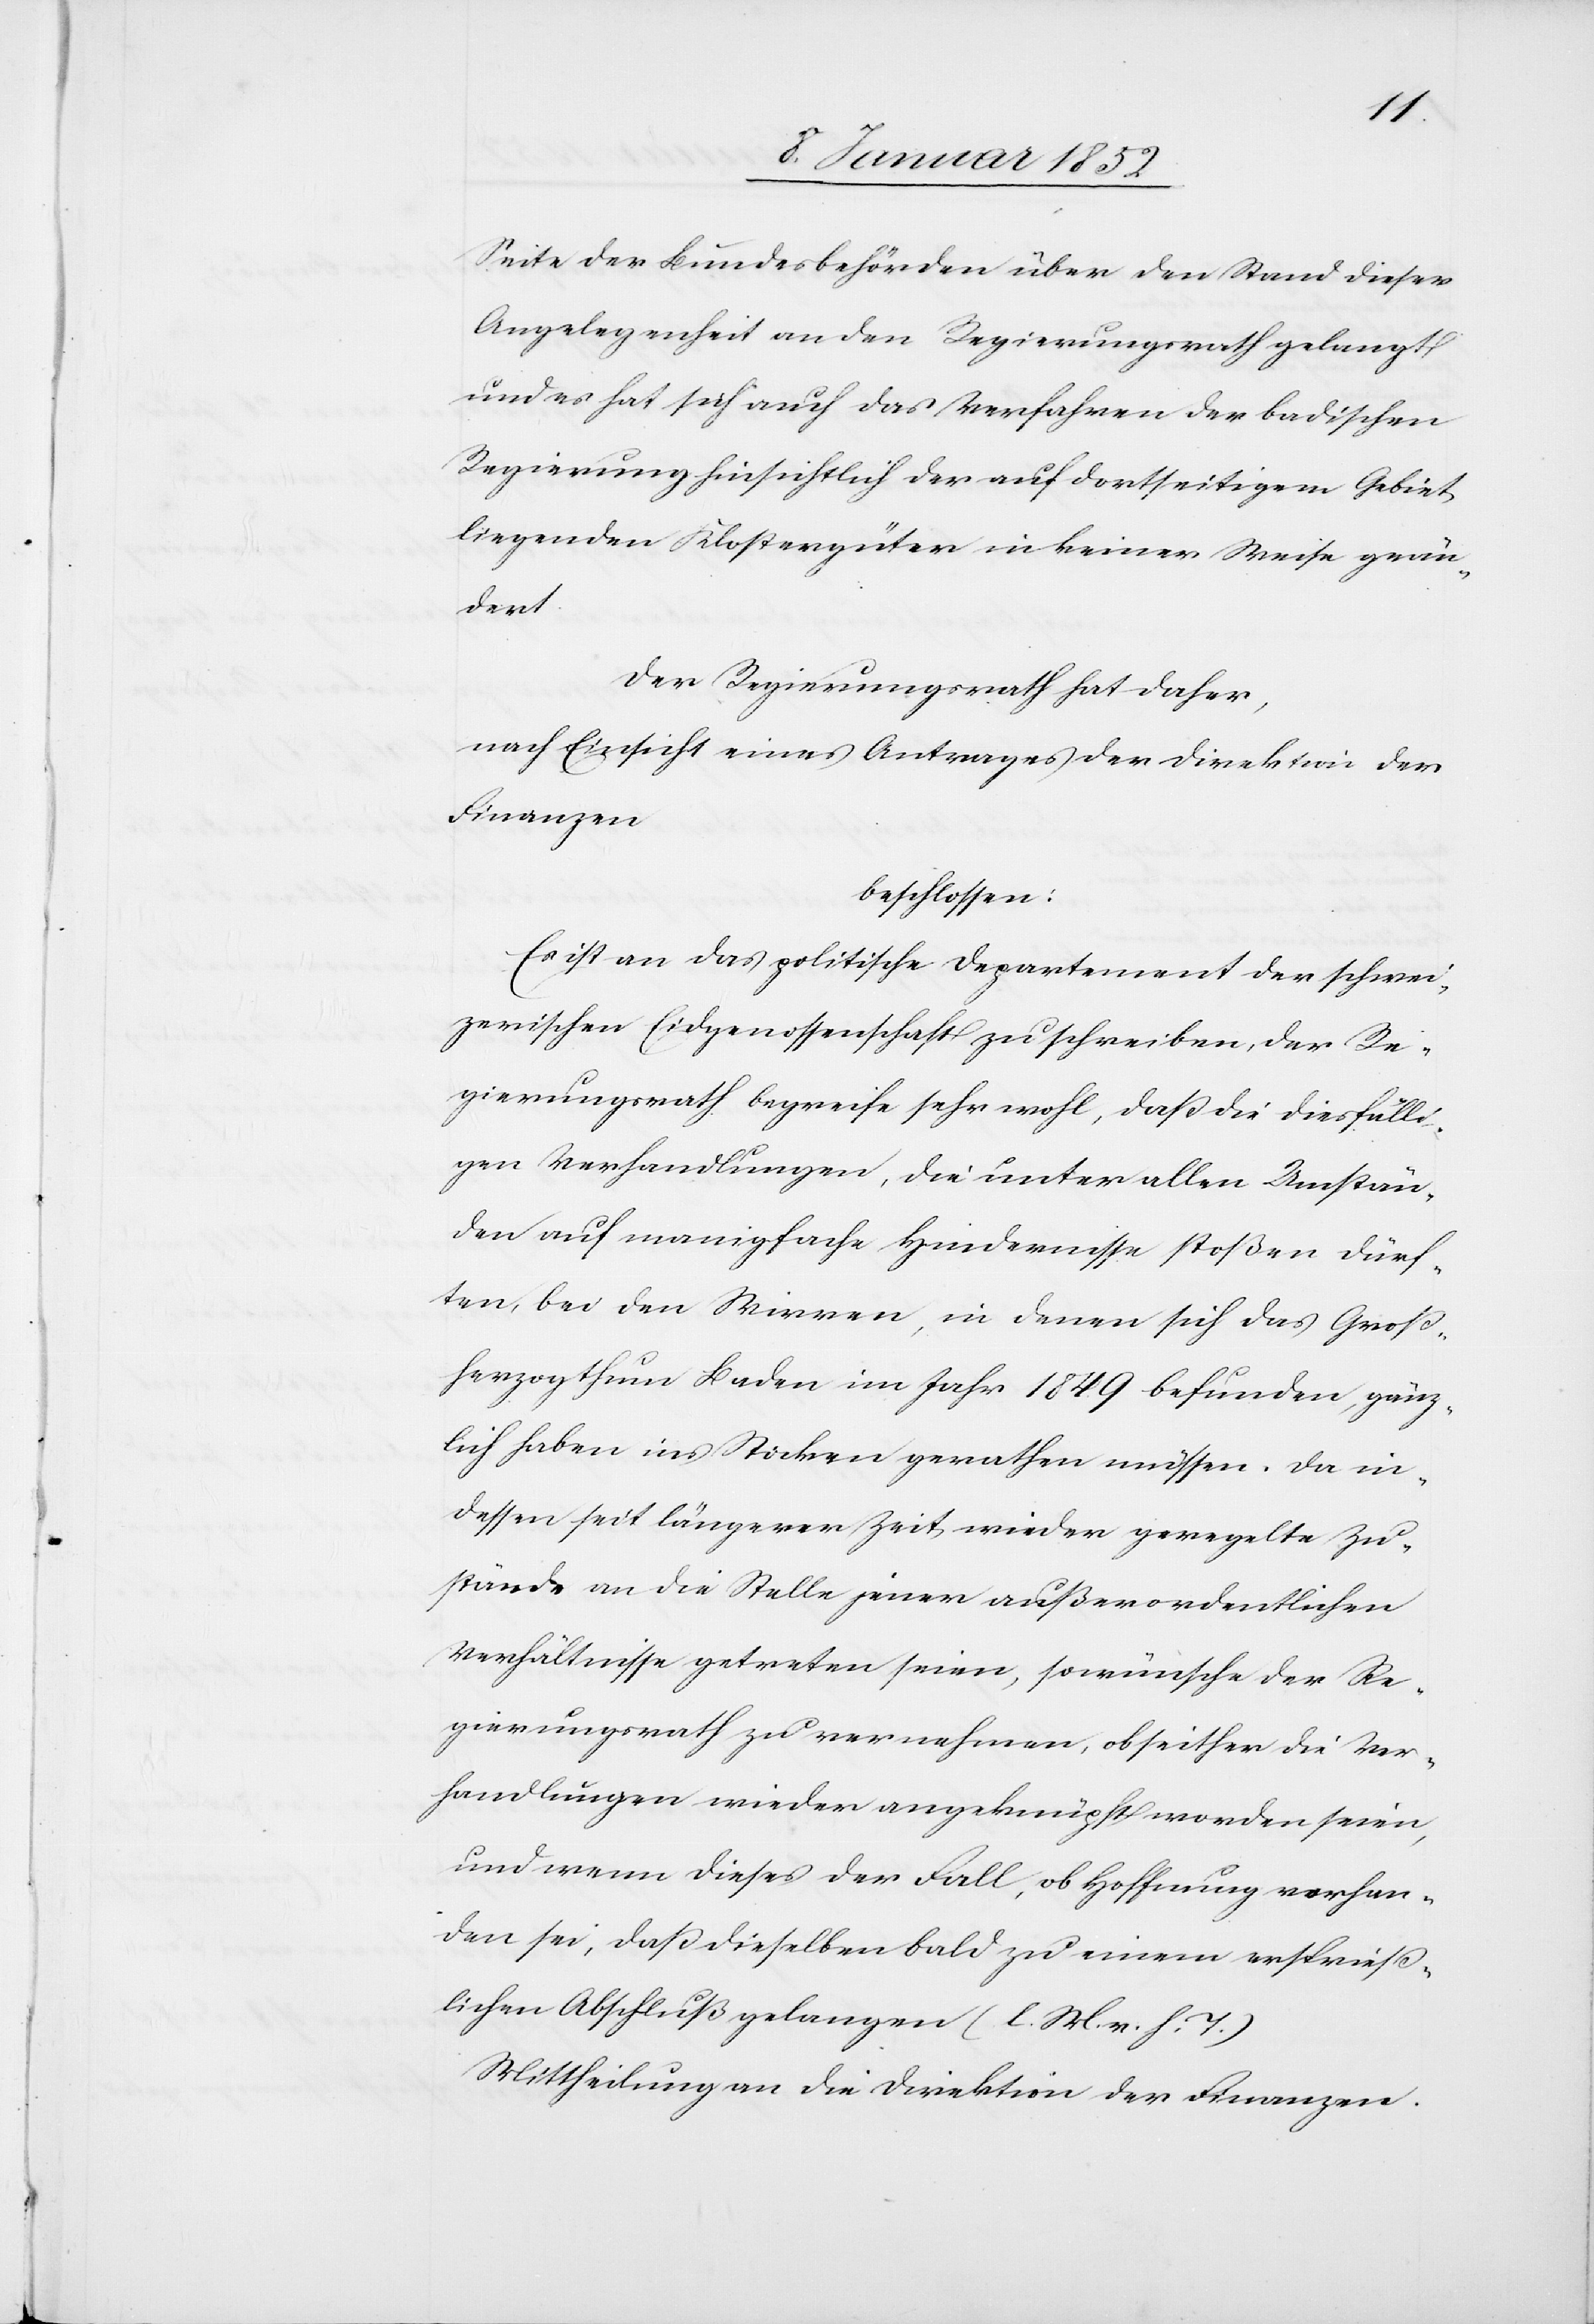
Seite der Bundesbehörden über den Stand dieser
Angelegenheit an den Regierungsrath belangt
und es hat sich auch das Verfahren der badischen
Regierung hinsichtlich der auf dortseitigem Gebiet
liegenden Klostergüter in keiner Weise geän¬
dert.
der Regierungsrath hat daher,
nach Einsicht eines Antrages der Direktion der
Finanzen
beschlossen:
Es ist an das politische Departement der schwei¬
zerischen Eidgenossenschaft zu schreiben, der Re¬
gierungsrath begreife sehr wohl, daß die diesfälli¬
gen Verhandlungen, die unter allen Umstän¬
den auf manigfache Hindernisse stoßen dürf¬
ten, bei den Wirren, in denen sich das Groß¬
herzogthum Baden im Jahr 1849 befunden, gänz¬
lich haben ins Stocken gerathen müssen. Da in¬
dessen seit längerer Zeit wieder geregelte Zu¬
stände an die Stelle jener außerordentlichen
Verhältnisse getreten seien, so wünsche der Re¬
gierungsrath zu vernehmen, ob seither die Ver¬
handlungen wieder angeknüpft werden seien,
und wenn dieses der Fall, ob Hoffnung vorhan¬
den sei, daß dieselben bald zu einem ersprieß¬
lichen Abschluß gelangen (l. M. v. h. T.)
Mittheilung an die Direktion der Finanzen.